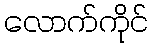
လောက်ကိုင်